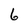
Character: 6